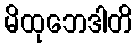
မိထုဘေဒါတိ